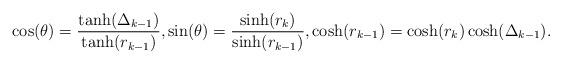
LaTeX: \begin{align*} \cos(\theta) = \frac{\tanh(\Delta_{k-1})}{\tanh(r_{k-1})}, \sin(\theta) = \frac{\sinh(r_k)}{\sinh(r_{k-1})}, \cosh(r_{k-1}) = \cosh(r_k) \cosh(\Delta_{k-1}).\end{align*}